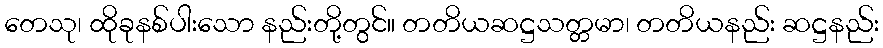
တေသု၊ ထိုခုနစ်ပါးသော နည်းတို့တွင်။ တတိယဆဋ္ဌသတ္တမာ၊ တတိယနည်း ဆဋ္ဌနည်း